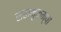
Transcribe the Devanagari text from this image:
सहानुकम्पा